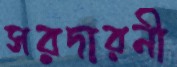
সরদারনী